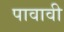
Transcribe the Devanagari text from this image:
पावावी